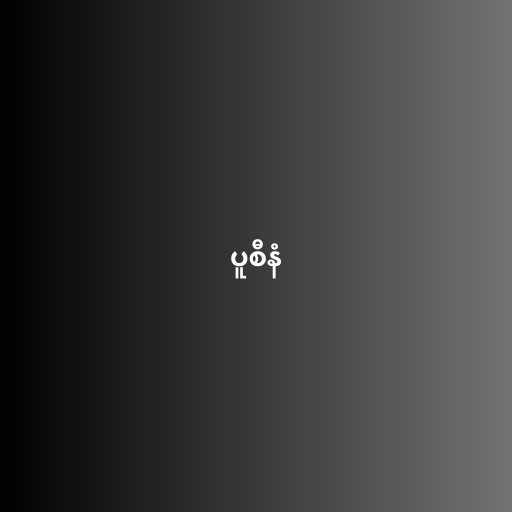
ပူစီနံ